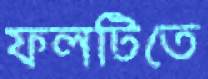
ফলটিতে